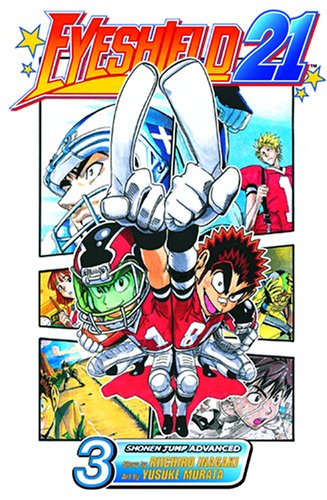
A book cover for Eyeshield 21, Vol. 3; Riichiro Inagaki; Comics & Graphic Novels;